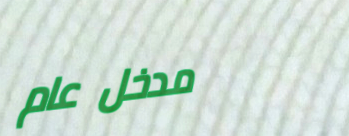
مدخل عام